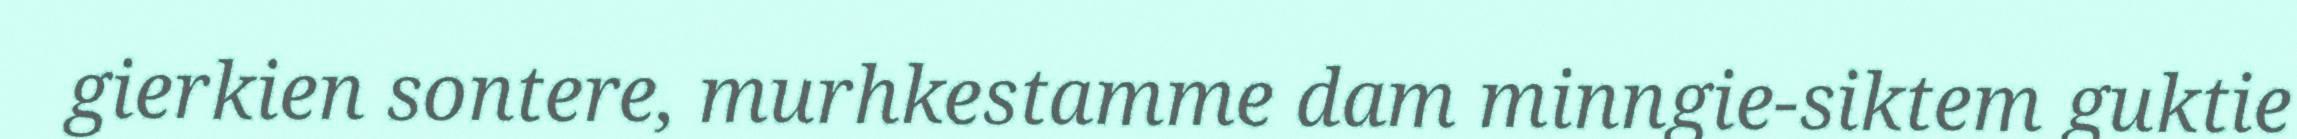
gierkien sontere, murhkestamme dam minngie-siktem guktie